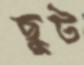
ছুট